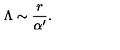
\Lambda \sim { \frac { r } { \alpha ^ { \prime } } } .